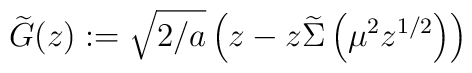
\widetilde{G}(z):=\sqrt{2/a}\left(z-z\widetilde\Sigma\left(\mu^2z^{1/2}\right)\right)